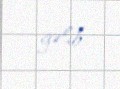
gəlib.